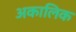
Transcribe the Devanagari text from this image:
अकालिक